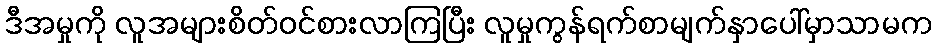
ဒီအမှုကို လူအများစိတ်ဝင်စားလာကြပြီး လူမှုကွန်ရက်စာမျက်နှာပေါ်မှာသာမက